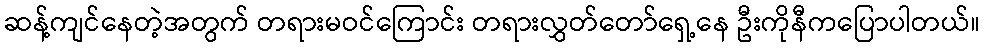
ဆန့်ကျင်နေတဲ့အတွက် တရားမဝင်ကြောင်း တရားလွှတ်တော်ရှေ့နေ ဦးကိုနီကပြောပါတယ်။